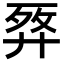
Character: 𢍗